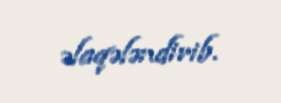
əlaqələndirib.